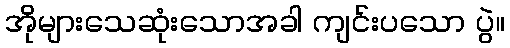
အိုများသေဆုံးသောအခါ ကျင်းပသော ပွဲ။